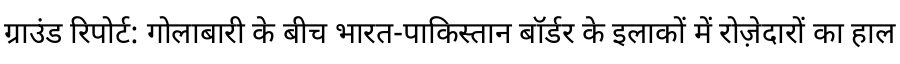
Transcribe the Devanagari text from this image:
ग्राउंड रिपोर्ट: गोलाबारी के बीच भारत-पाकिस्तान बॉर्डर के इलाकों में रोज़ेदारों का हाल